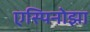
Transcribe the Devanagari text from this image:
एस्पिनोझा